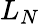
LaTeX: L_{N}